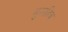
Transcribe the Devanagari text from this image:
मुराहिब